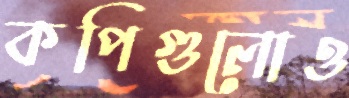
কপিগুলোও